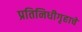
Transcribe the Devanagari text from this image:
प्रतिनिधीगृहाचे